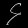
Digit: ၄